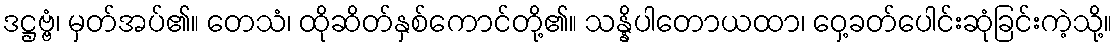
ဒဋ္ဌဗ္ဗံ၊ မှတ်အပ်၏။ တေသံ၊ ထိုဆိတ်နှစ်ကောင်တို့၏။ သန္နိပါတောယထာ၊ ဝှေ့ခတ်ပေါင်းဆုံခြင်းကဲ့သို့။